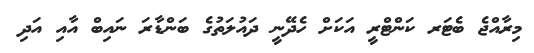
މިރާއްޖެ ބެޓަރ ކަންޓްރީ އަކަށް ހެދޭނީ ދައުލަތުގެ ބަންޑާރަ ނައިބް އާއި އަދި